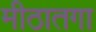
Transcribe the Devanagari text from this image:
मीठातगा